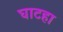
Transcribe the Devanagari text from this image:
घाटहा